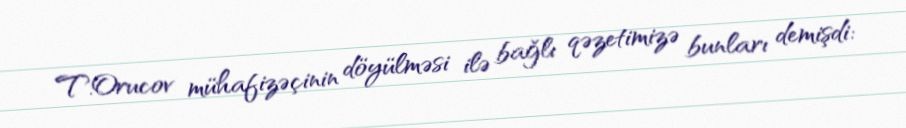
T.Orucov mühafizəçinin döyülməsi ilə bağlı qəzetimizə bunları demişdi: